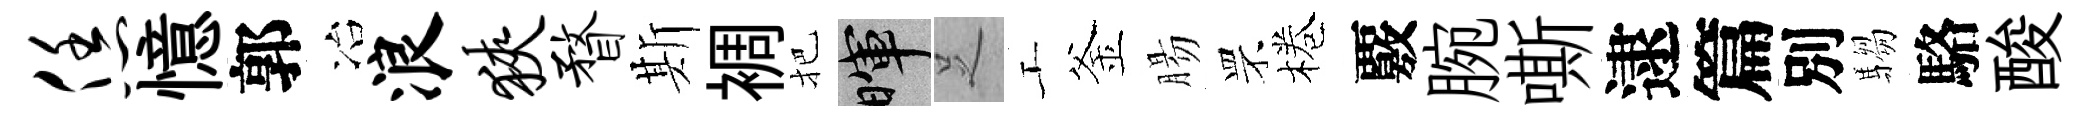
恁憶郭冶浪狭瞀斯裯把暉𠯁工釜腸罘棬覈腕嘶逮篇別騶駱酸